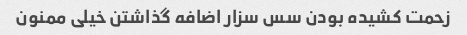
زحمت کشیده بودن سس سزار اضافه گذاشتن خیلی ممنون